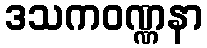
ဒသကဝဏ္ဏနာ